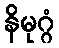
နိမုဂ္ဂံ